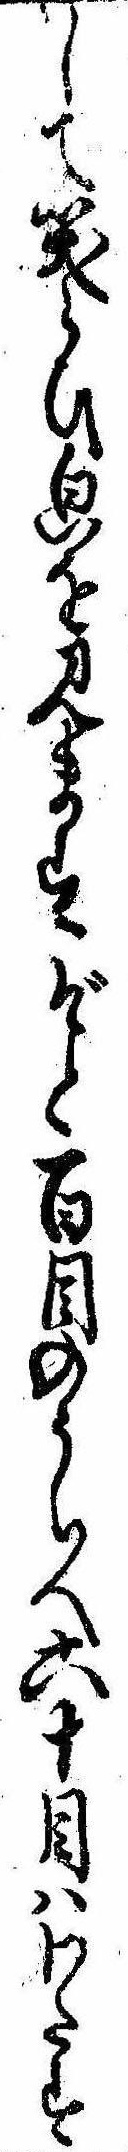
して笑らひ㒵を見ますぞと百目のうちへ六十目はわたす